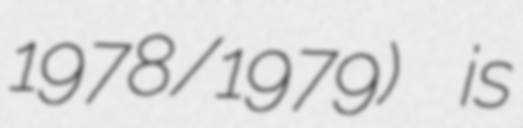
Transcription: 1978/1979) is